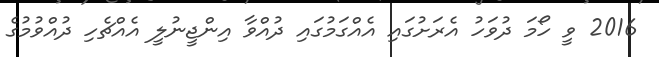
2016 ވީ ހޯމަ ދުވަހު އެރަށުގައި އެއްގަމުގައި ދުއްވާ އިންޖީނުލީ އެއްޗެހި ދުއްވުމުގެ